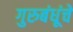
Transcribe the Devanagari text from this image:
गुरुबंधूंचे